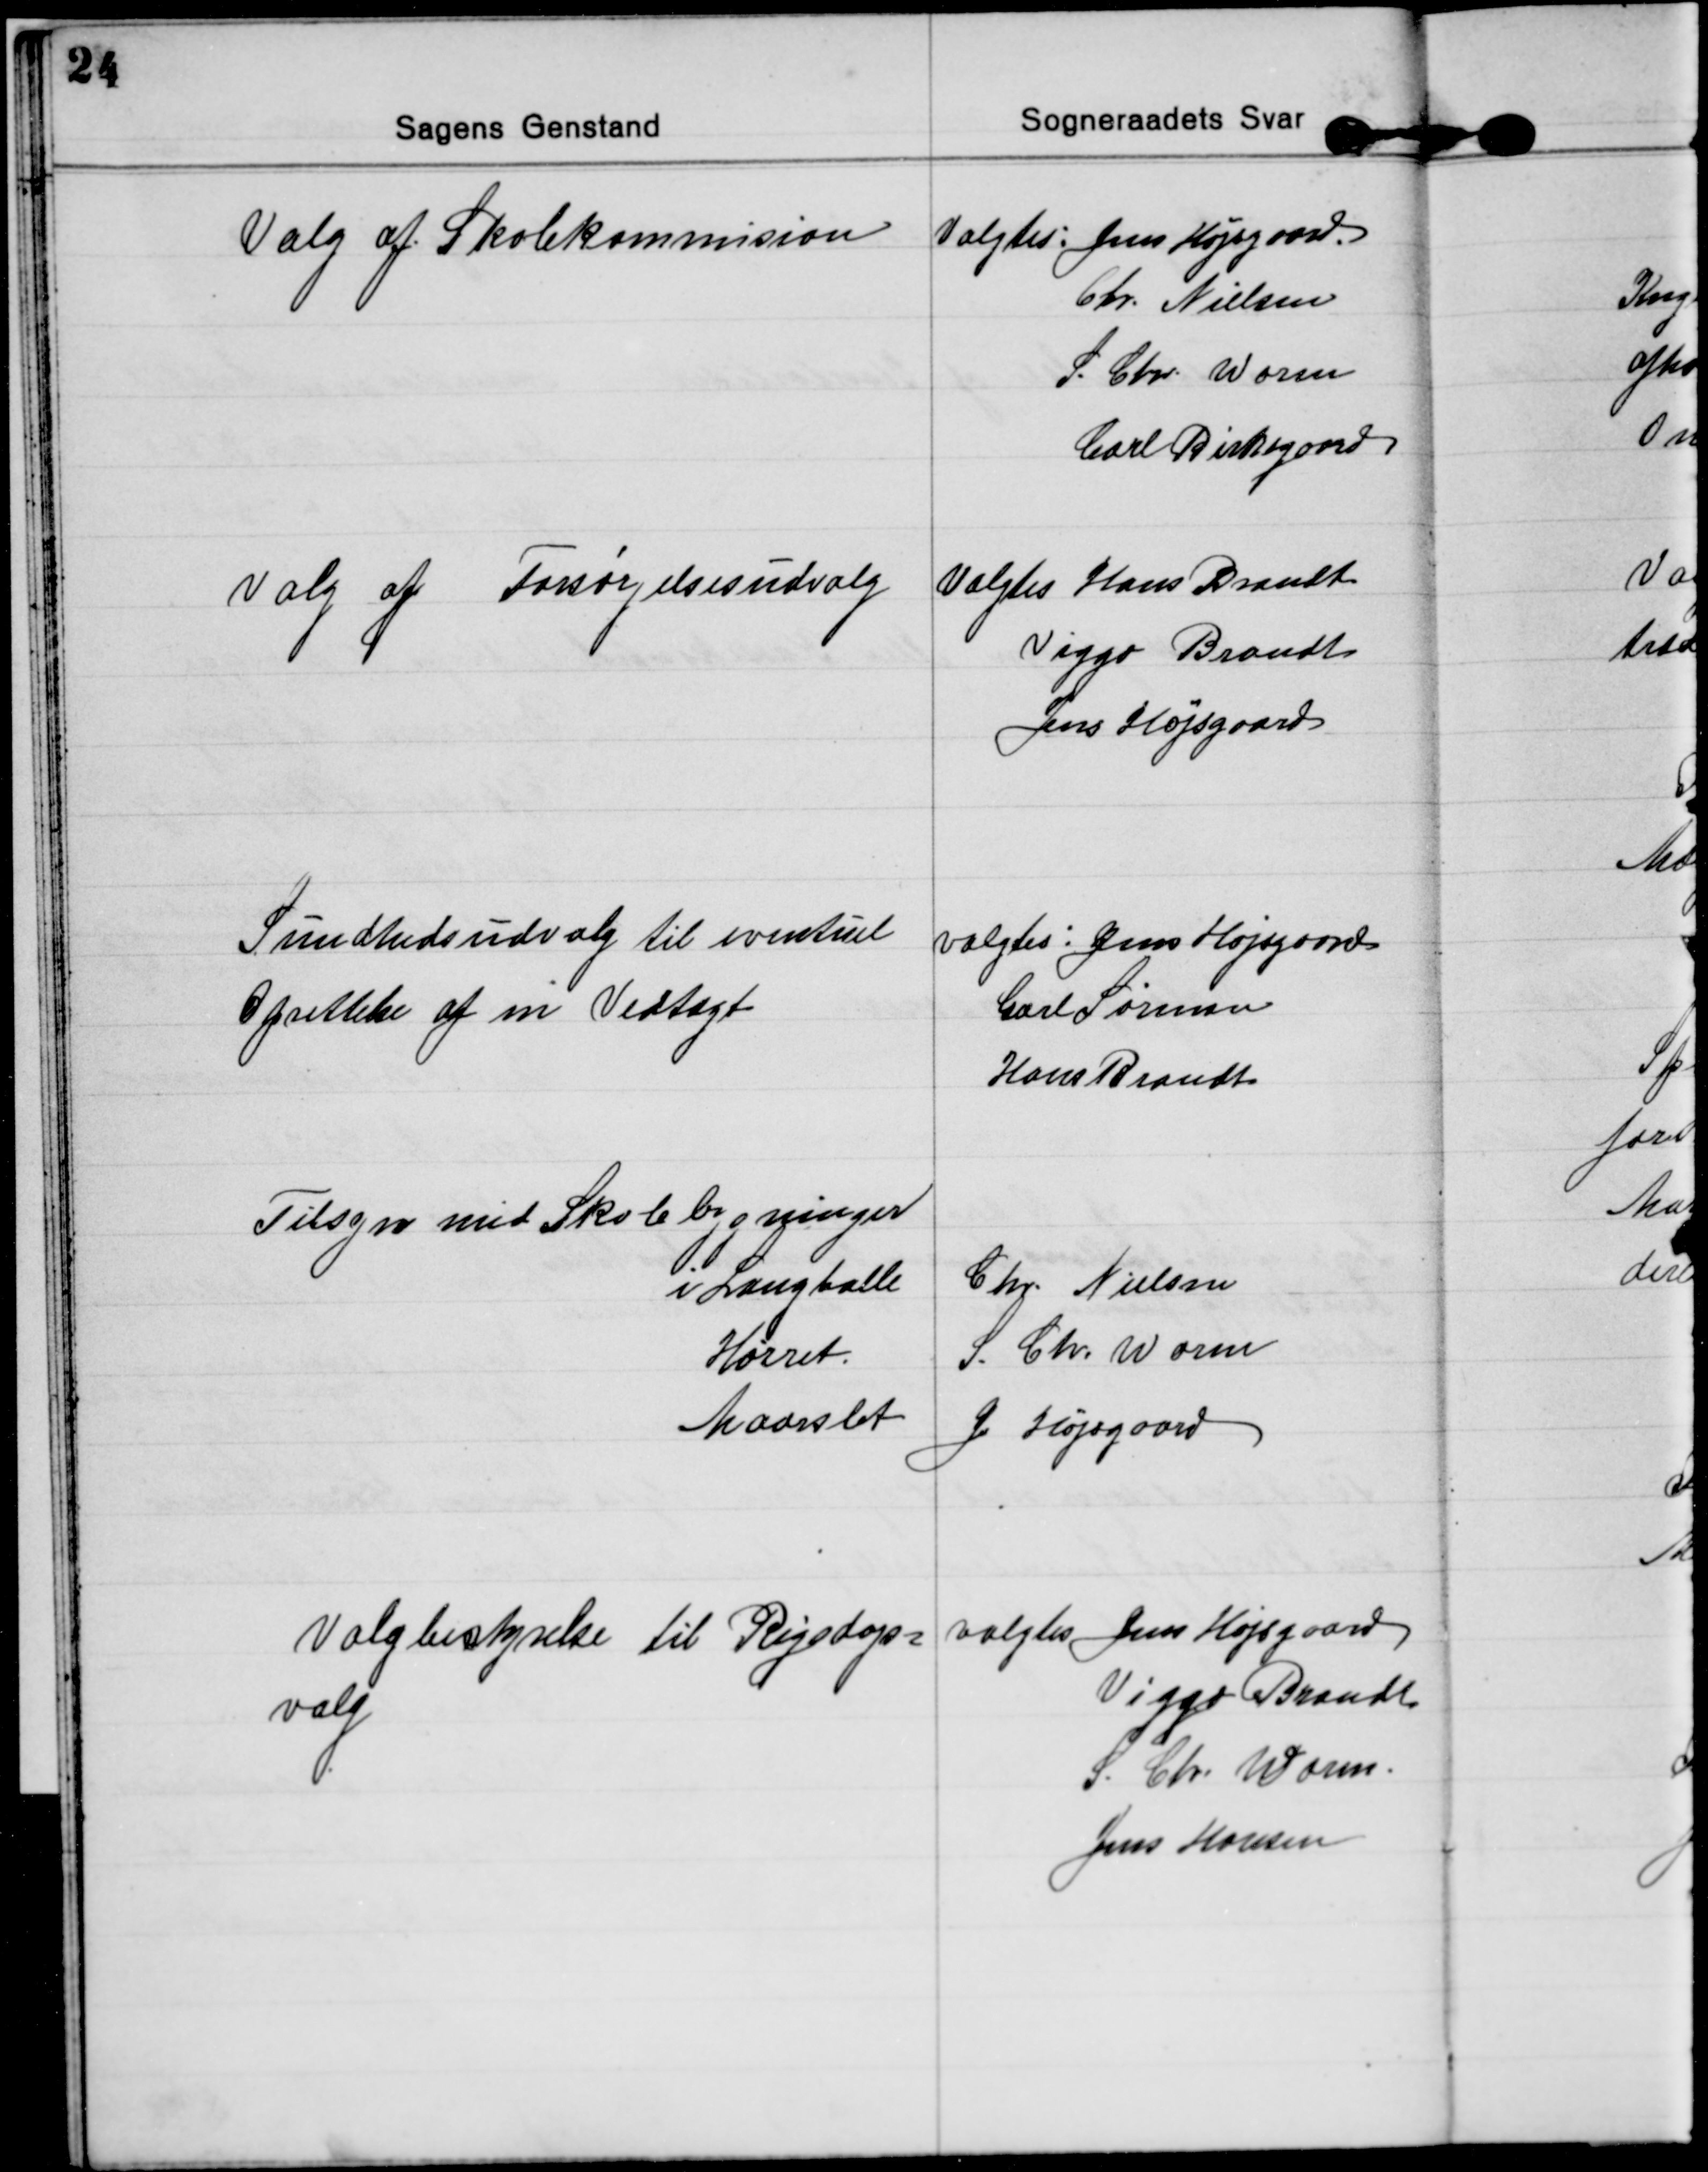
Transskription:
Valg af Skolekommision
Valgtes: Jens Højsgaard.
Chr. Nielsen
S. Chr. Worm
Carl Birkegaard

Valg af Forsørgelsesudvalg
Valgtes Hans Brandt
Viggo Brandt
Jens Højsgaard

Sundhedsudvalg til eventuel
Oprettelse af en Vedtægt
valgtes: Jens Højsgaard
Carl Sørensen
Hans Brandt

Tilsyn med Skolebygninger
i Langballe 
Chr Nielsen
Hørret. 
S. Chr. Worm
Maarslet 
J. Højsgaard

Valgbestyrelse til Rigsdags=
valg
valgtes Jens Højsgaard
Viggo Brandt
S. Chr. Worm.
Jens Hansen